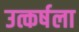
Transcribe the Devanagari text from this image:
उत्कर्षला